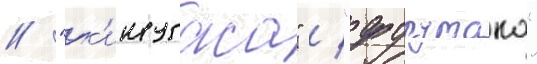
/ "к'инугаса" / "фурутака"